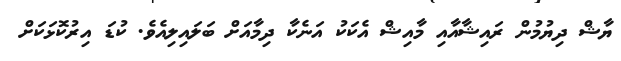
ޔާޝް ދިޔުމުން ރައިޝާއާއި މާއިޝް އެކަކު އަނެކާ ދިމާއަށް ބަލައިލިއެވެ. ކުޑަ އިރުކޮޅަކަށް